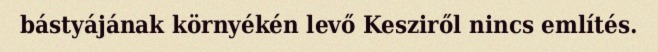
bástyájának környékén levő Kesziről nincs említés.